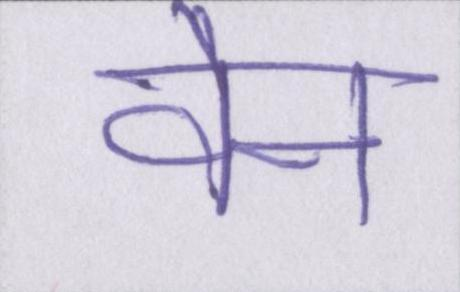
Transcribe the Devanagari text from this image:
वैन